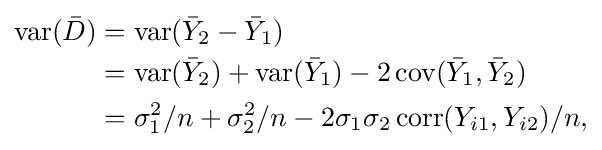
{\begin{aligned}{\rm {var}}({\bar {D}})&=\operatorname {var} ({\bar {Y}}_{2}-{\bar {Y}}_{1})\\&=\operatorname {var} ({\bar {Y}}_{2})+\operatorname {var} ({\bar {Y}}_{1})-2\operatorname {cov} ({\bar {Y}}_{1},{\bar {Y}}_{2})\\&=\sigma _{1}^{2}/n+\sigma _{2}^{2}/n-2\sigma _{1}\sigma _{2}\operatorname {corr} (Y_{i1},Y_{i2})/n,\end{aligned}}